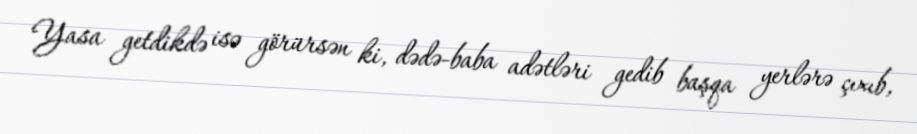
Yasa getdikdə isə görürsən ki, dədə-baba adətləri gedib başqa yerlərə çıxıb,